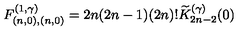
F _ { ( n , 0 ) , ( n , 0 ) } ^ { ( 1 , \gamma ) } = 2 n ( 2 n - 1 ) ( 2 n ) ! \widetilde { K } _ { 2 n - 2 } ^ { ( \gamma ) } ( 0 )